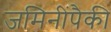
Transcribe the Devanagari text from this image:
जमिनींपैकी